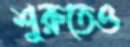
শুরুতেও